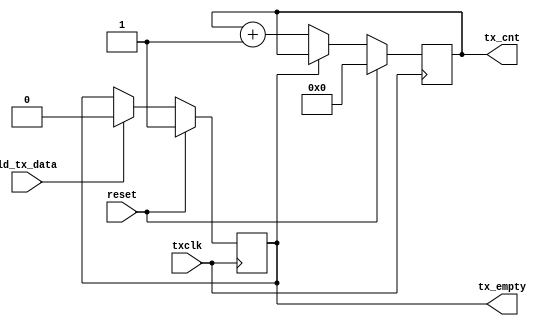
module uart_42 (reset, txclk, ld_tx_data, tx_empty, tx_cnt);
input reset;
input txclk;
input ld_tx_data;
output reg tx_empty;
output reg [3:0] tx_cnt;
always @ (posedge txclk)
if (reset) begin
  tx_empty      <= 1;
  tx_cnt        <= 0;
end else begin
   if (ld_tx_data) begin
     tx_empty <= 0;
   end
   if (!tx_empty) begin
     tx_cnt <= tx_cnt + 1;
   end
end
endmodule